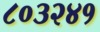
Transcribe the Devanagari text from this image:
८०३२४१